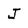
Character: J